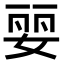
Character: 婯